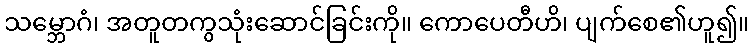
သမ္ဘောဂံ၊ အတူတကွသုံးဆောင်ခြင်းကို။ ကောပေတီဟိ၊ ပျက်စေ၏ဟူ၍။